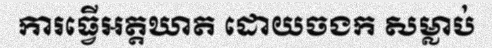
ការធ្វើអត្តឃាត ដោយចងក សម្លាប់